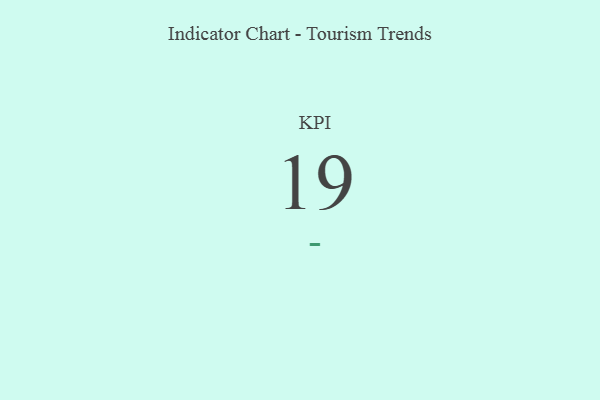
{"axis": {"x": "KPI", "y": "Value"}, "legend": [""], "data": [{"x": "KPI", "y": 19, "type": ""}]}